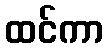
ထင်ကာ